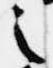
之